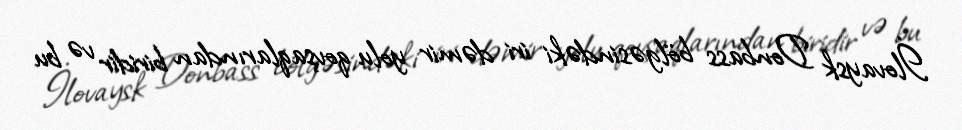
İlovaysk Donbass bölgəsindəki iri dəmir yolu qovşaqlarından biridir və bu